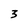
Character: 3